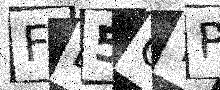
Text: FD5OTP